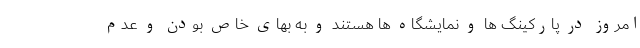
امروز در پارکینگ ها و نمایشگاه ها هستند و به بهای خاص بودن و عدم